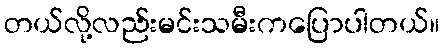
တယ်လို့လည်းမင်းသမီးကပြောပါတယ်။